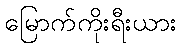
မြောက်ကိုးရီးယား